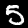
Digit: 5